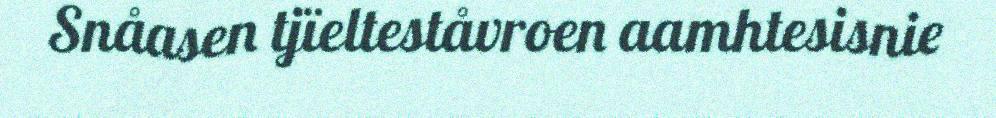
Snåasen tjïelteståvroen aamhtesisnie